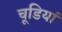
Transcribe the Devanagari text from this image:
चूडियां